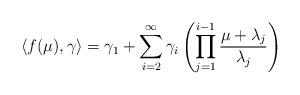
LaTeX: \begin{align*}\langle f(\mu),\gamma\rangle=\gamma_1+\sum_{i=2}^\infty \gamma_{i}\left(\prod_{j=1}^{i-1}\frac{\mu+\lambda_j}{\lambda_j}\right)\end{align*}